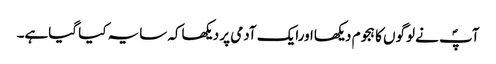
آپؐ نے لوگوں کا ہجوم دیکھااورایک آدمی پر دیکھاکہ سایہ کیا گیاہے۔